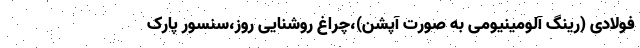
فولادی (رینگ آلومینیومی به صورت آپشن)،چراغ روشنایی روز،سنسور پارک